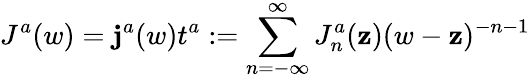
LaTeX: J^{a}(w)=\mathbf{j}^{a}(w)t^{a}:=\sum_{n=-\infty}^{\infty}J_{n}^{a}(\mathbf{z})(w-\mathbf{z})^{-n-1}